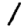
Digit: 1